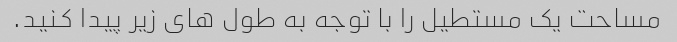
مساحت یک مستطیل را با توجه به طول های زیر پیدا کنید.